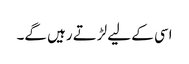
اسی کے لیے لڑتے رہیں گے۔